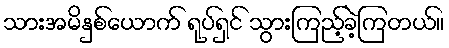
သားအမိနှစ်ယောက် ရုပ်ရှင် သွားကြည့်ခဲ့ကြတယ်။